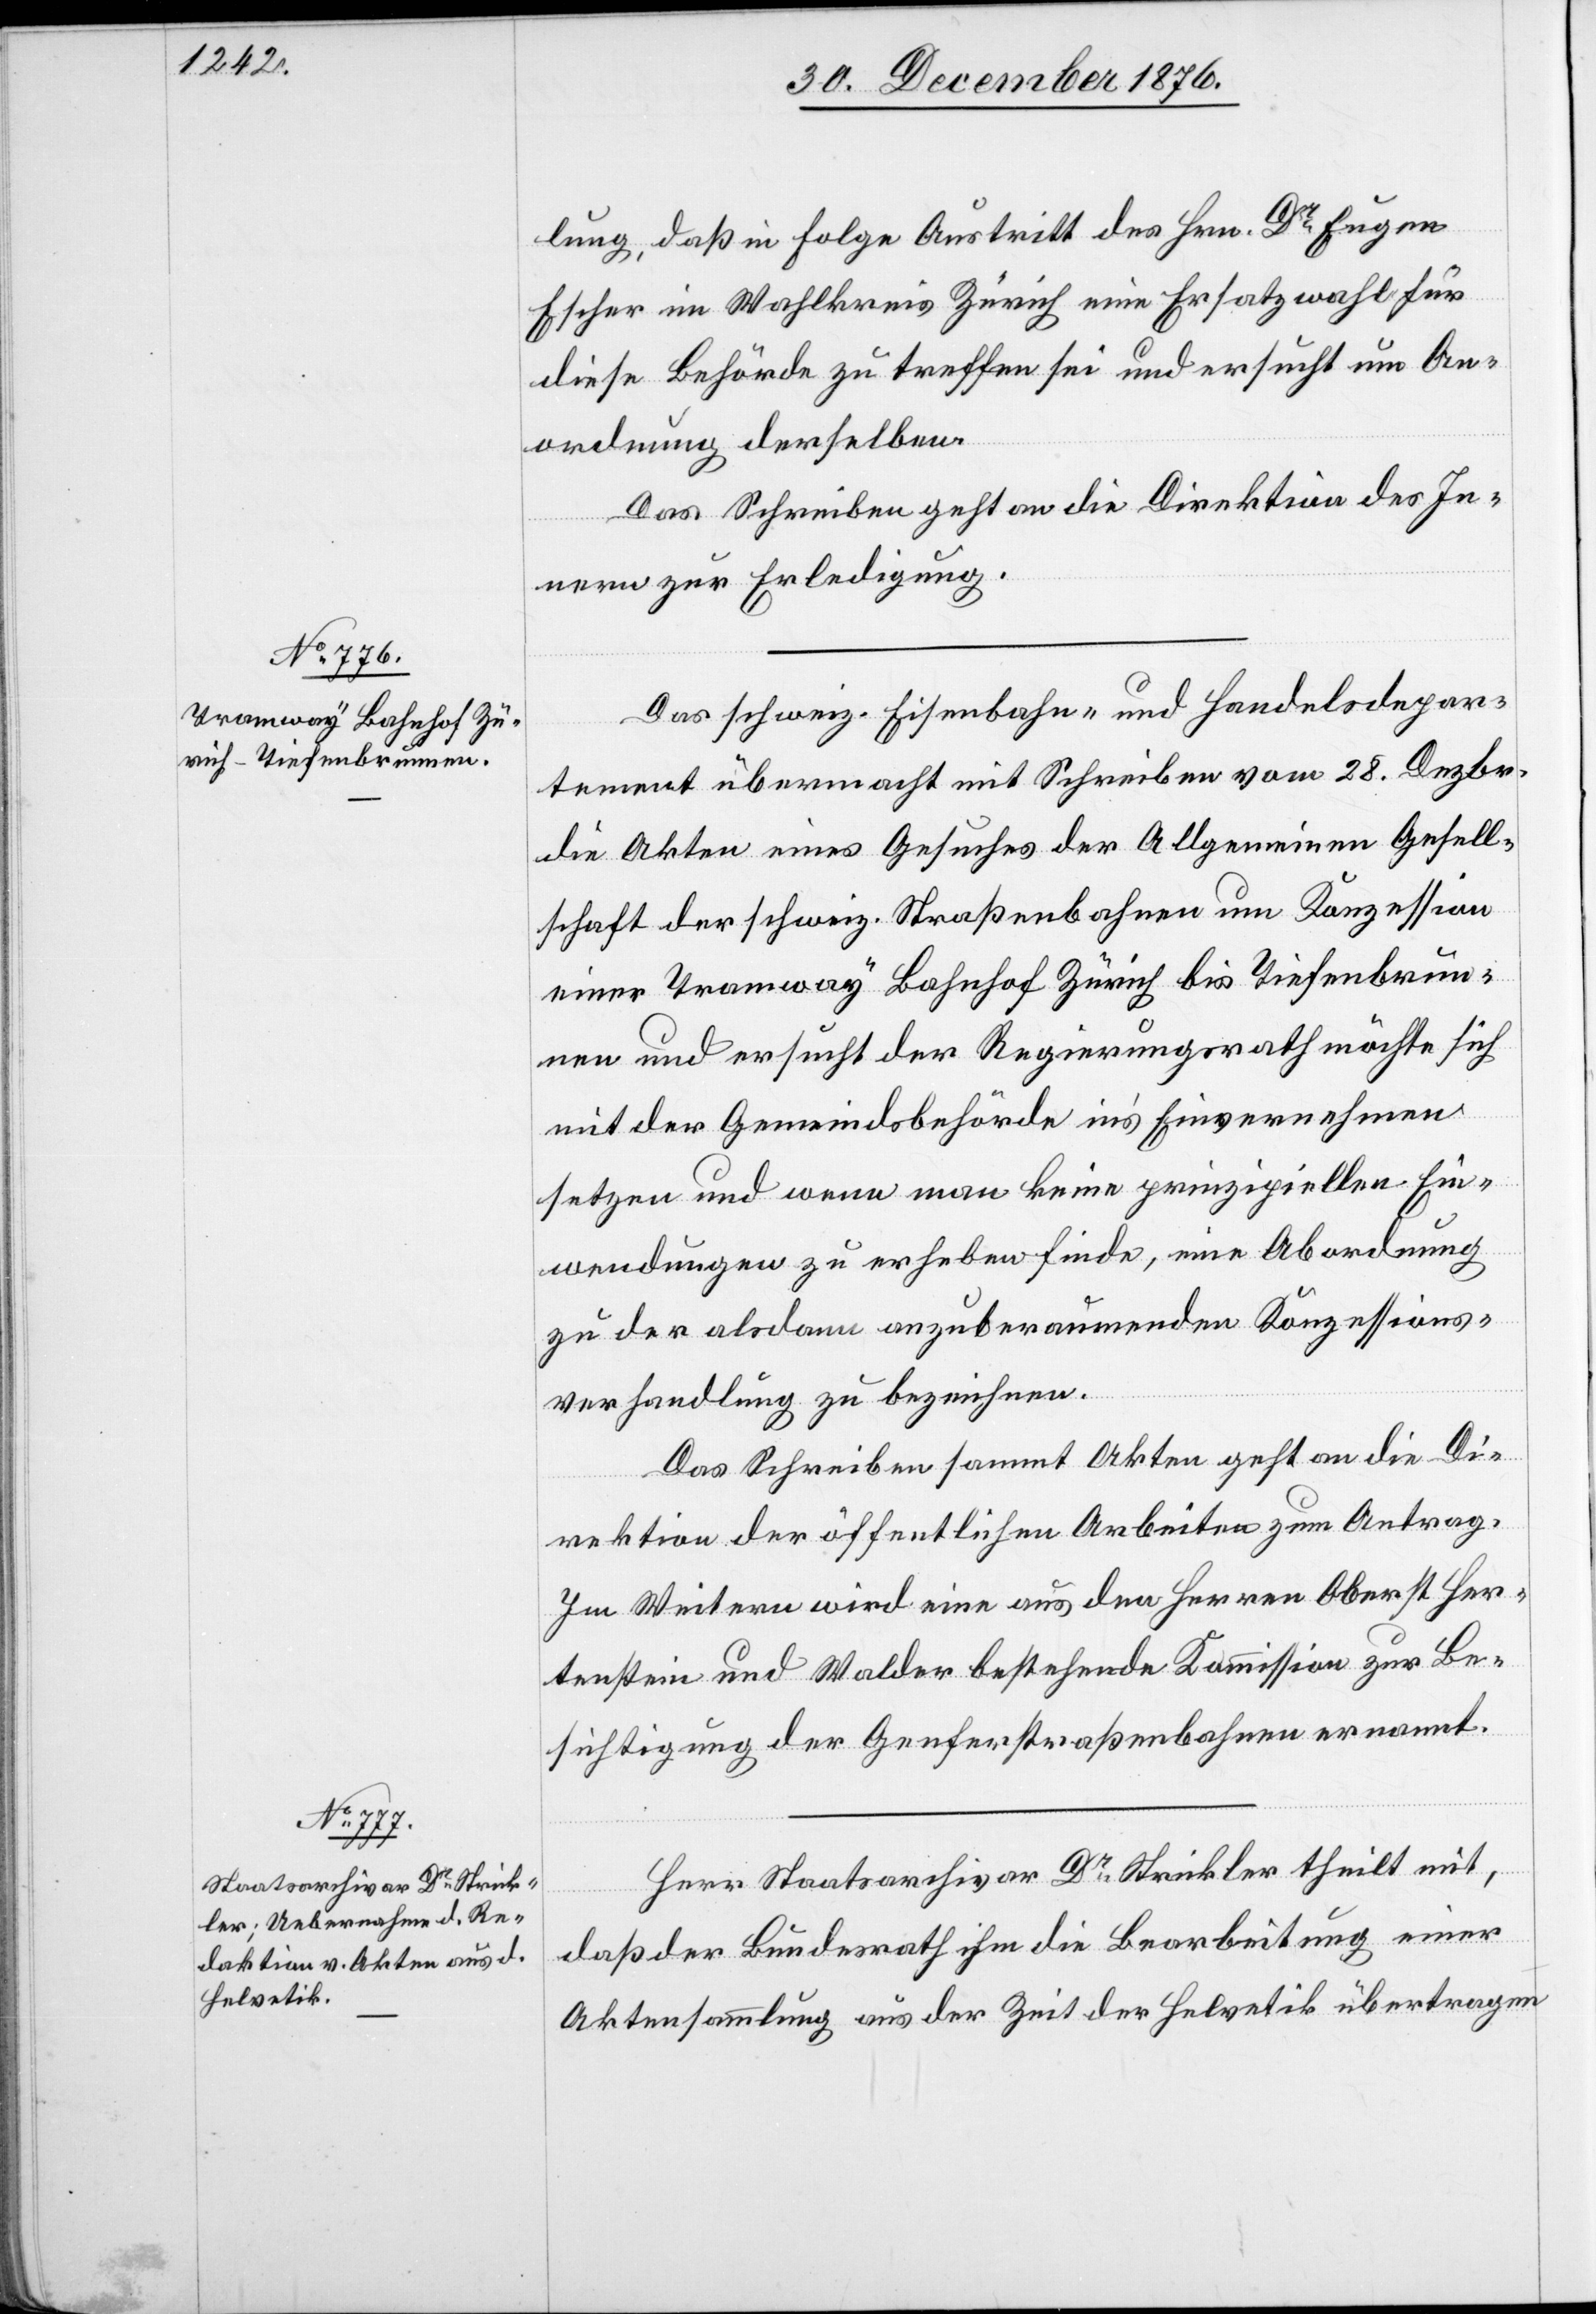
lung, daß in Folge Austritt des Hrn. Dr Eugen
Escher im Wahlkreis Zürich eine Ersatzwahl für
diese Behörde zu treffen sei und ersucht um An¬
ordnung derselben.
Das Schreiben geht an die Direktion des In¬
nern zur Erledigung.
Das schweiz. Eisenbahn- und Handelsdepar¬
tement übermacht mit Schreiben vom 28. Dezbr.
die Akten eines Gesuches der Allgemeinen Gesell¬
schaft der schweiz. Straßenbahnen um Konzession
einer Tramway Bahnhof Zürich bis Tiefenbrun¬
nen und ersucht der Regierungsrath möchte sich
mit der Gemeindsbehörde in’s Einvernehmen
setzen und wenn man keine prinzipiellen Ein¬
wendungen zu erheben finde, eine Abordnung
zu der alsdann anzuberaumenden Konzessions¬
verhandlung zu bezeichnen.
Das Schreiben sammt Akten geht an die Di¬
rektion der öffentlichen Arbeiten zum Antrag.
Im Weitern wird eine aus den Herren Oberst Her¬
tenstein und Walder bestehende Kommission zur Be¬
sichtigung der Genferstraßenbahnen ernannt.
Herr Staatsarchivar Dr Strickler theilt mit,
daß der Bundesrath ihm die Bearbeitung einer
Aktensammlung aus der Zeit der Helvetik übertragen